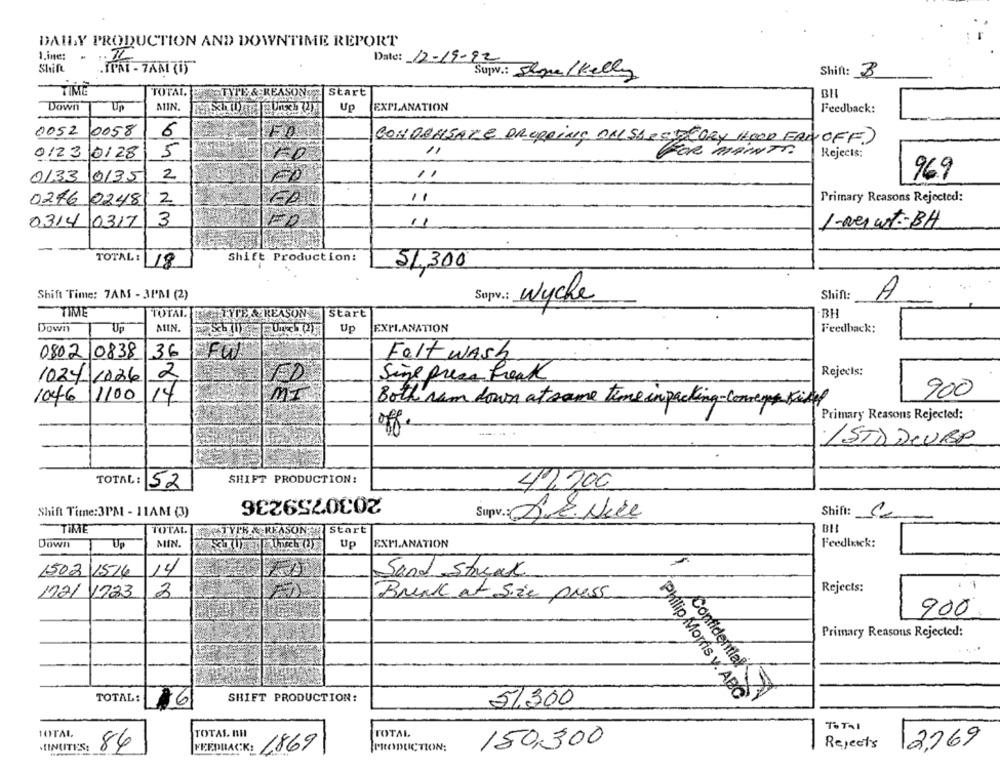
DAILY PRODUCTION AND DOWNTIME REPORT
1.ine:
Date: 12-19-92
Shift
TAT - TAN (1)
Supw .: Slou/kelly
Shift: 3
- TIME
TOTAL.
Start
TYTE & REASON
Down
Un
ATIN
Up
EXPLANATION
Feedback:
0058
0052
6
CONDENSARE DROPPING DALSbest CORY HOOD FANOFF.)
0/23 /0128
5
FOR MAINTO.
Rejects:
0133
0135
2
969
0246
0248
2
11
Primary Reasons Rejected:
FA
0314 0317
3
ED
11
1-verwit-BH
TOTAL :
Shift Production:
18
51,300
Shift Time: 7ANS - 3I'M (2)
Supv .: Wyche
Shift:
A
"TIME
TOTAL
TYPE REASON
Start
BH
Down
Up
MIN.
Up
EXPLANATION
Feedback:
0802 0838
136
Felt wash
1024-1226
2
Sine prese Freak
Rejects:
1046 1100
14
ms
900
Both rum down at same time in packing-comeys kill
Primary Reasons Rejected:
off.
/STD DEUROP
TOTAL :
52
SHIFT PRODUCTION:
42,200
2030759236
Shift Time:3PM - 11AM (3)
Supv .: SE. Nice
Shift:
TIME
TOTAL
TYCK & REASON2R
Start
BLI
Down
Up
MIN.
Up
EXPLANATION
Feedluck:
14
1502
1516
Sand Streak
1221 1723
3
Rejects:
Brink at Size press
900
Primary Reasons Rejected:
TOTAL:
SHIFT PRODUCTION:
51.300
Philip Morris y. ABC
Confidential
16
TOTAL
TOTAL.
TOTAL III
TOTAL
MINUTES:
84
FEEDBACK:
1869
PRODUCTION;
150,300
Rejects
12769